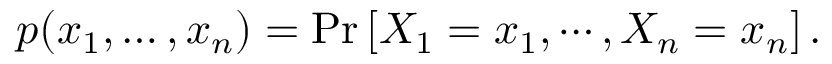
p ( x _ { 1 } , \ldots , x _ { n } ) = \operatorname* { P r } \left[ X _ { 1 } = x _ { 1 } , \cdots , X _ { n } = x _ { n } \right] .